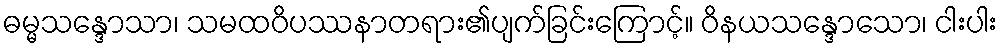
ဓမ္မသန္ဒောသာ၊ သမထဝိပဿနာတရား၏ပျက်ခြင်းကြောင့်။ ဝိနယသန္ဒောသော၊ ငါးပါး